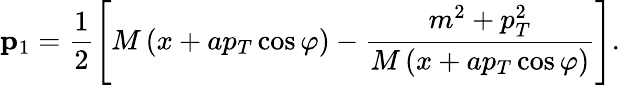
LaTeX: {\mathbf p}\mathrm{_1}=\frac 12\left[M\left(x+ap_{T}\cos\varphi\right)-\frac{m^{2}+p_{T}^{2}}{M\left(x+ap_{T}\cos\varphi\right)}\right].